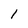
Character: i